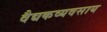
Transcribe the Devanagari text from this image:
वैद्यकव्यवसाय